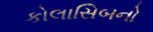
કોલાસિબનો